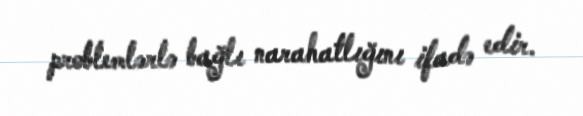
problemlərlə bağlı narahatlığını ifadə edir.